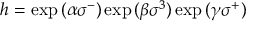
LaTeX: h = \exp { ( \alpha \sigma ^ { - } ) } \exp { ( \beta \sigma ^ { 3 } ) } \exp { ( \gamma \sigma ^ { + } ) }